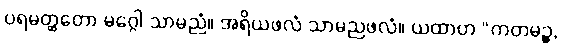
ပရမတ္ထတော မဂ္ဂေါ သာမညံ။ အရိယဖလံ သာမညဖလံ။ ယထာဟ “ကတမဉ္စ,